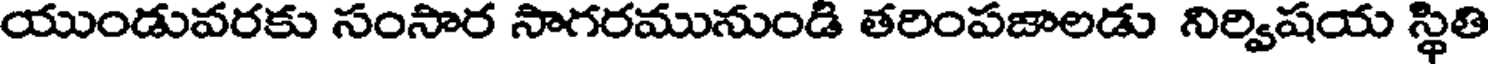
యుండువరకు సంసార సాగరమునుండి తరింపజాలడు నిర్విషయ స్థితి